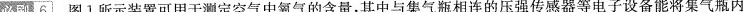
必刷6 图1所示装置可用于测定空气中氧气的含量，其中与集气瓶相连的压强传感器等电子设备能将集气瓶内